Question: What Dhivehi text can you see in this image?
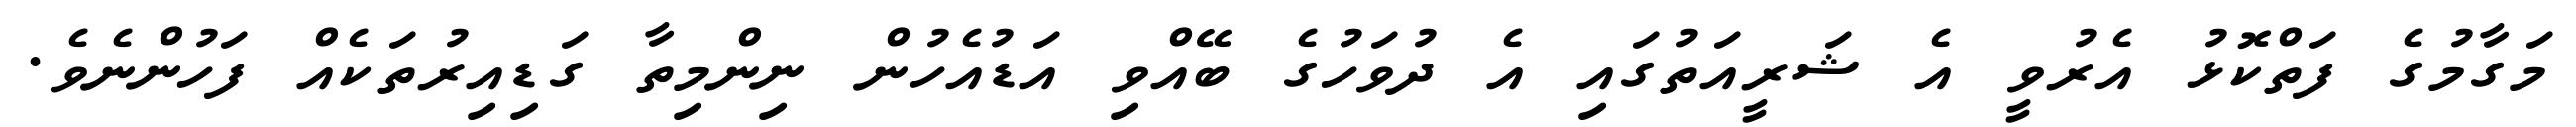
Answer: މަގާމުގެ ފަތްކޮޅު އެރުވީ އެ ޝަރީއަތުގައި އެ ދުވަހުގެ ބޭއްވި އަޑުއެހުން ނިންމިތާ ގަޑިއިރުތަކެއް ފަހުންނެވެ.